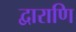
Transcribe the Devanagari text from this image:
द्वाराणि